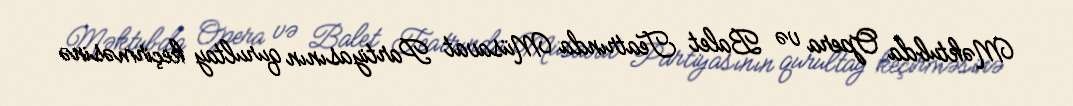
Məktubda Opera və Balet Teatrında Müsavat Partiyasının qurultay keçirməsinə